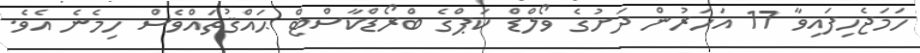
ހަމަޖެހިފައިވާ 17 އަހަރުން ދަށުގެ ވޯލްޑް ކަޕްގެ ބްރޯޑްކާސްޓް ޙައްޤުތައްވެސް ހިމެނެ އެވެ.